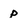
Character: p